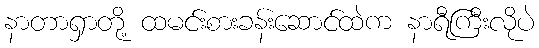
နာတာရှာတို့ ထမင်းစားခန်းဆောင်ထဲက နာရီကြီးလိုပဲ